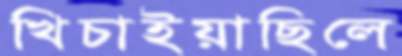
খিচাইয়াছিলে